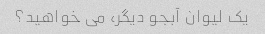
یک لیوان آبجو دیگر، می خواهید؟